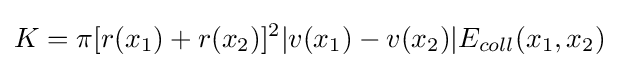
K=\pi [r(x_{1})+r(x_{2})]^{2}|v(x_{1})-v(x_{2})|E_{coll}(x_{1},x_{2})